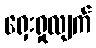
ရှေးရှုလျက်